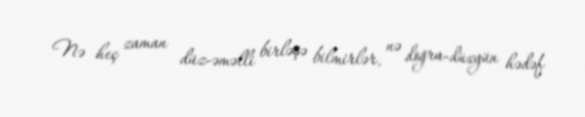
Nə heç zaman düz-əməlli birləşə bilmirlər, nə doğru-düzgün hədəf